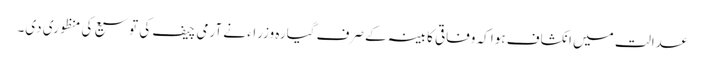
عدالت میں انکشاف ہوا کہ وفاقی کابینہ کے صرف گیارہ وزراء نے آرمی چیف کی توسیع کی منظوری دی۔